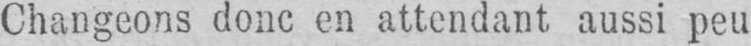
Changeons donc en attendant aussi peu